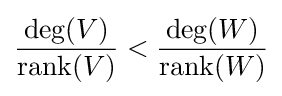
\displaystyle {\frac {\deg(V)}{{\hbox{rank}}(V)}}<{\frac {\deg(W)}{{\hbox{rank}}(W)}}